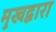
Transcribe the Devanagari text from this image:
मुखद्वारा